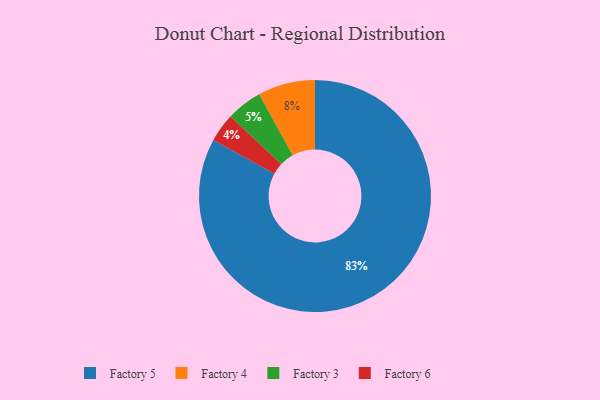
{"axis": {"x": "Category", "y": "Percentage"}, "legend": ["Factory 3", "Factory 4", "Factory 5", "Factory 6"], "data": [{"x": "Factory 5", "y": 83, "type": "Factory 5"}, {"x": "Factory 6", "y": 4, "type": "Factory 6"}, {"x": "Factory 3", "y": 5, "type": "Factory 3"}, {"x": "Factory 4", "y": 8, "type": "Factory 4"}]}